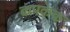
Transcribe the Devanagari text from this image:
कपकेक